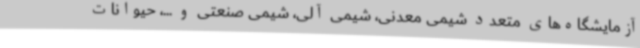
آزمایشگاه‌های متعدد شیمی معدنی، شیمی آلی، شیمی صنعتی و ...، حیوانات